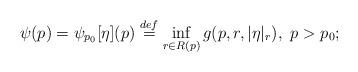
LaTeX: \begin{align*} \psi(p) = \psi_{p_0}[\eta](p) \stackrel{def}{=} \inf_{r \in R(p)} g(p, r, |\eta|_r), \ p > p_0;\end{align*}